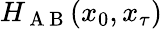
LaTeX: H_{\mathrm{~A~B~}}(x_{0},x_{\tau})